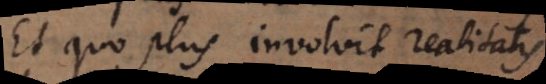
Et quo plus involvit realitatis,